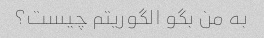
به من بگو الگوریتم چیست؟